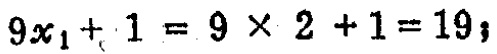
$9x_{1}+1 = 9\times 2 + 1=19;$